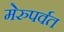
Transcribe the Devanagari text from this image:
मेरुपर्वत